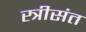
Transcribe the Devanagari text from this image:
स्त्रीसंत